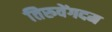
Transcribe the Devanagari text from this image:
तिरुवेंगदम